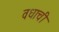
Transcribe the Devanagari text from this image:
वधाची